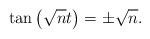
LaTeX: \begin{align*}\tan\left(\sqrt{n}t\right)=\pm \sqrt{n}.\end{align*}